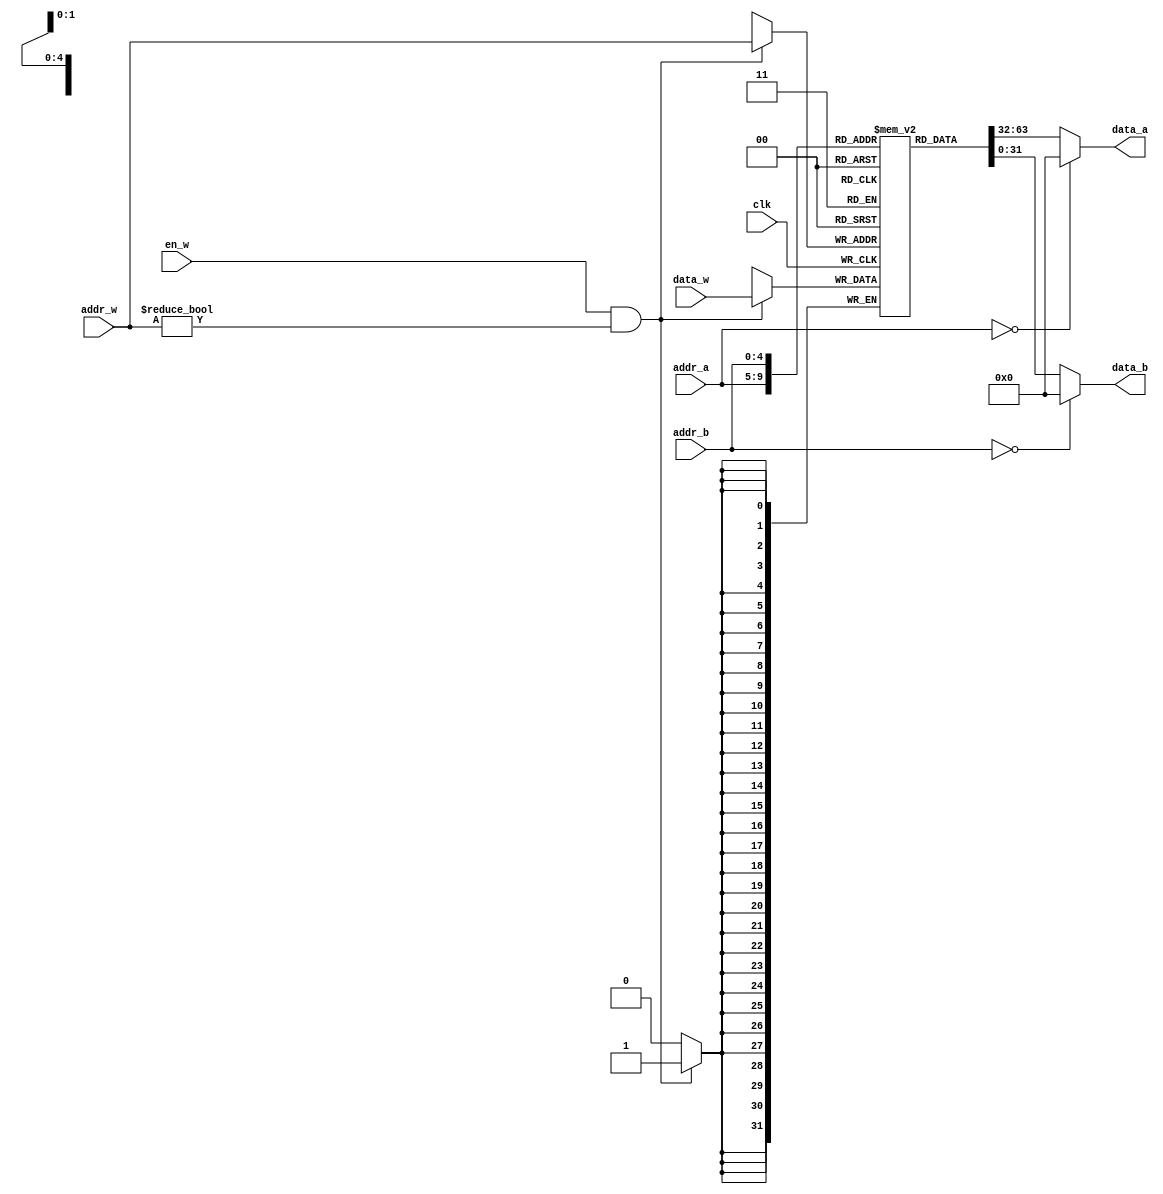
module regfile (
	input wire clk,  // main clock
	// debug
	`ifdef DEBUG
	input wire [4:0] debug_addr,  // debug address
	output wire [31:0] debug_data,  // debug data
	`endif
	// read channel A
	input wire [4:0] addr_a,
	output wire [31:0] data_a,
	// read channel B
	input wire [4:0] addr_b,
	output wire [31:0] data_b,
	// write channel W
	input wire en_w,
	input wire [4:0] addr_w,
	input wire [31:0] data_w
	);
	
	reg [31:0] regfile [1:31];  // $zero is always zero
		
	// write
	always @(posedge clk) begin
		if (en_w && addr_w != 0)
			regfile[addr_w] <= data_w;
	end
	
	// read
	assign data_a = (addr_a == 0) ? 0 : regfile[addr_a];
	assign data_b = (addr_b == 0) ? 0 : regfile[addr_b];
//	always @(*) begin
//		data_a = addr_a == 0 ? 0 : regfile[addr_a];
//		data_b = addr_b == 0 ? 0 : regfile[addr_b];
//	end
	
	// debug
	`ifdef DEBUG
	assign debug_data = (debug_addr == 0) ? 0 : regfile[debug_addr];
//	always @(*) begin
//		debug_data = debug_addr == 0 ? 0 : regfile[debug_addr];
//	end
	`endif
	
endmodule